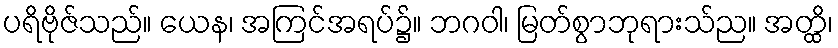
ပရိဗိုဇ်သည်။ ယေန၊ အကြင်အရပ်၌။ ဘဂဝါ၊ မြတ်စွာဘုရားသ်ည။ အတ္ထိ၊